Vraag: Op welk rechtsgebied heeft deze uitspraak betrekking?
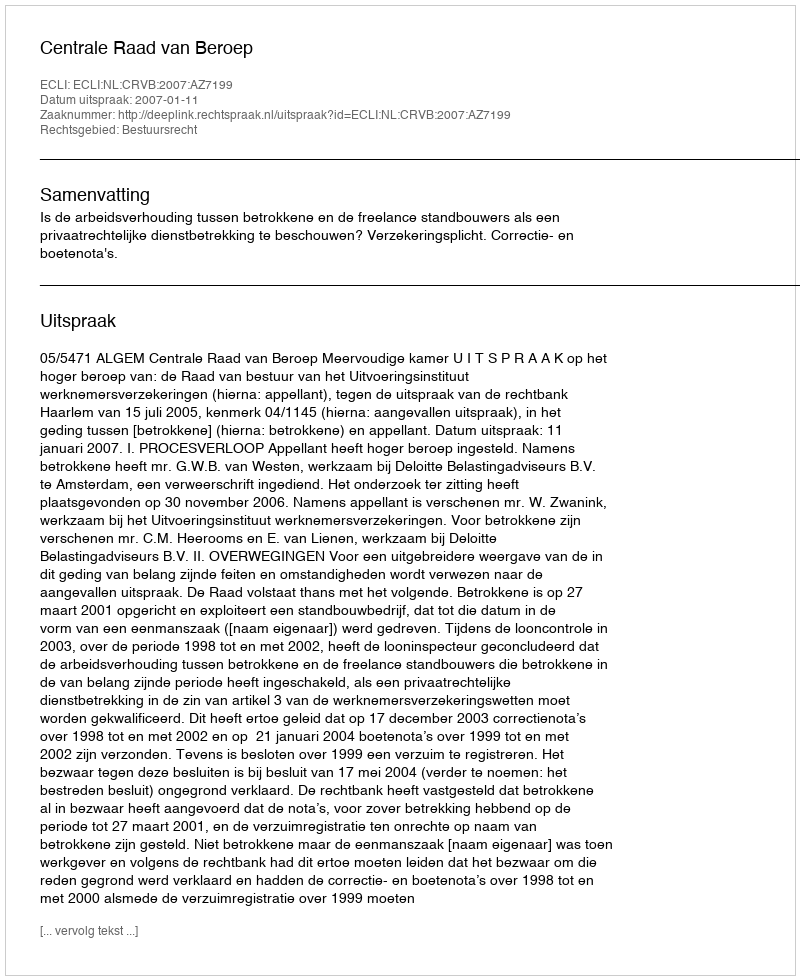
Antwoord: Bestuursrecht